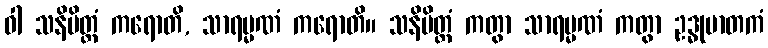
ဝါ သနိမိတ္တံ ကရောတိ, သာရမ္မဏံ ကရောတိ။ သနိမိတ္တံ ကတွာ သာရမ္မဏံ ကတွာ ဥဒ္ဓုမာတကံ